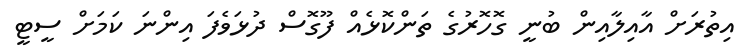
އިތުރަށް އާއިލާއިން ބުނީ ގޮހޮރުގެ ތަންކޮޅެއް ފޫގޮސް ދުޅަވެފަ އިންނަ ކަމަށް ސީޓީ